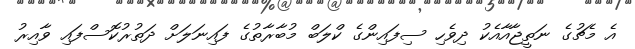
އެ މެޗުގެ ނަތީޖާއާއެކު ދިވެހި ސިފައިންގެ ކްލަބް މުބާރާތުގެ ފައިނަލަށް ދަތުރުކޮސްފައި ވާއިރު